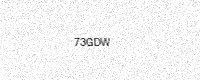
Text: 73GDW